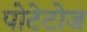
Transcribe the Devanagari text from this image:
पोटेटोज